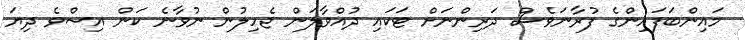
މައިންބަފައިންގެ ފުރާނަވެސް ދަރިންނަށް ޓަކައި ދުއްވާލަން ޖެހިލުން ނުވާނެ ކަން އިސްވެ ދިޔަ